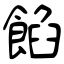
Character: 餡